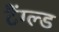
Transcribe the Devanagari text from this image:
टैंग्ल्ड